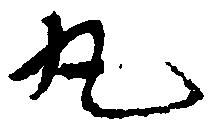
丸